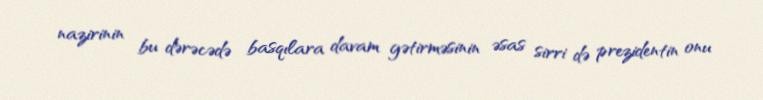
nazirinin bu dərəcədə basqılara davam gətirməsinin əsas sirri də prezidentin onu